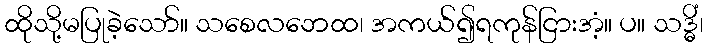
ထိုသို့မပြုခဲ့သော်။ သစေလဘေထ၊ အကယ်၍ရကုန်ငြားအံ့။ ပ။ သဒ္ဓိံ၊